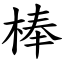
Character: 棒